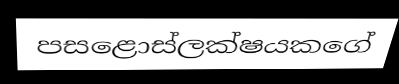
පසළොස්ලක්ෂයකගේ